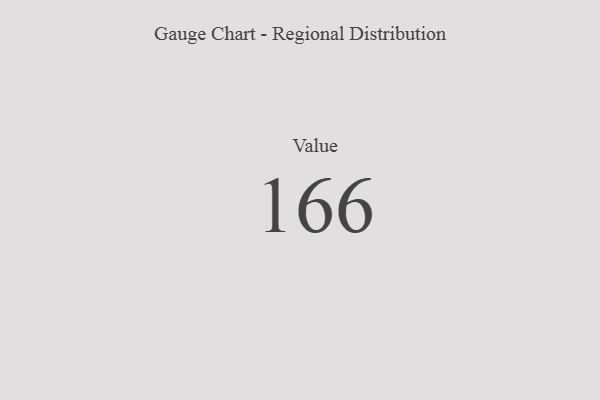
{"axis": {"x": "Metric", "y": "Value"}, "legend": [""], "data": [{"x": "Value", "y": 166, "type": ""}]}